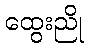
ထွေးညို